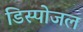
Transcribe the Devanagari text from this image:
डिस्पोजल